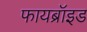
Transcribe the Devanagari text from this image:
फायब्रॉइड